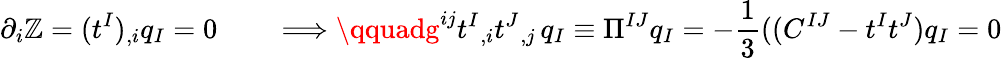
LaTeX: \partial_{i}\mathbb{Z}=(t^{I})_{,i}q_{I}=0\qquad\Longrightarrow\qquadg^{ij}t^{I}{}_{,i}t^{J}{}_{,j}\, q_{I}\equiv\Pi^{IJ}q_{I}=-{\frac{{1}}{{3}}}((C^{IJ}-t^{I}t^{J})q_{I}=0